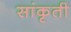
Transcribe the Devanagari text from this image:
सांकृती